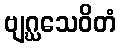
ဗျဂ္ဃသေဝိတံ